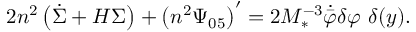
2 n ^ { 2 } \left( \dot { \Sigma } + H \Sigma \right) + \left( n ^ { 2 } \Psi _ { 0 5 } \right) ^ { \prime } = 2 M _ { * } ^ { - 3 } \dot { \bar { \varphi } } \delta \varphi \ \delta ( y ) .